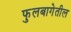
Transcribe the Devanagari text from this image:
फुलबागेतील